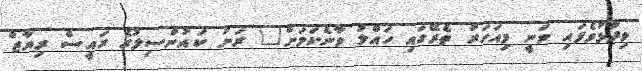
ވިދާޅުވެފައި ވަނީ މިއަހަރު ތެރޭގައި ހައްލު ވާނެކަމަށް" ރަށު ކައުންސިލުގެ ރައީސް ރިޔާޒް